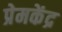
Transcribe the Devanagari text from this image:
प्रेमकेंद्र